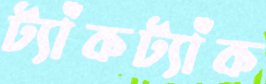
ট্যাঁকট্যাঁক